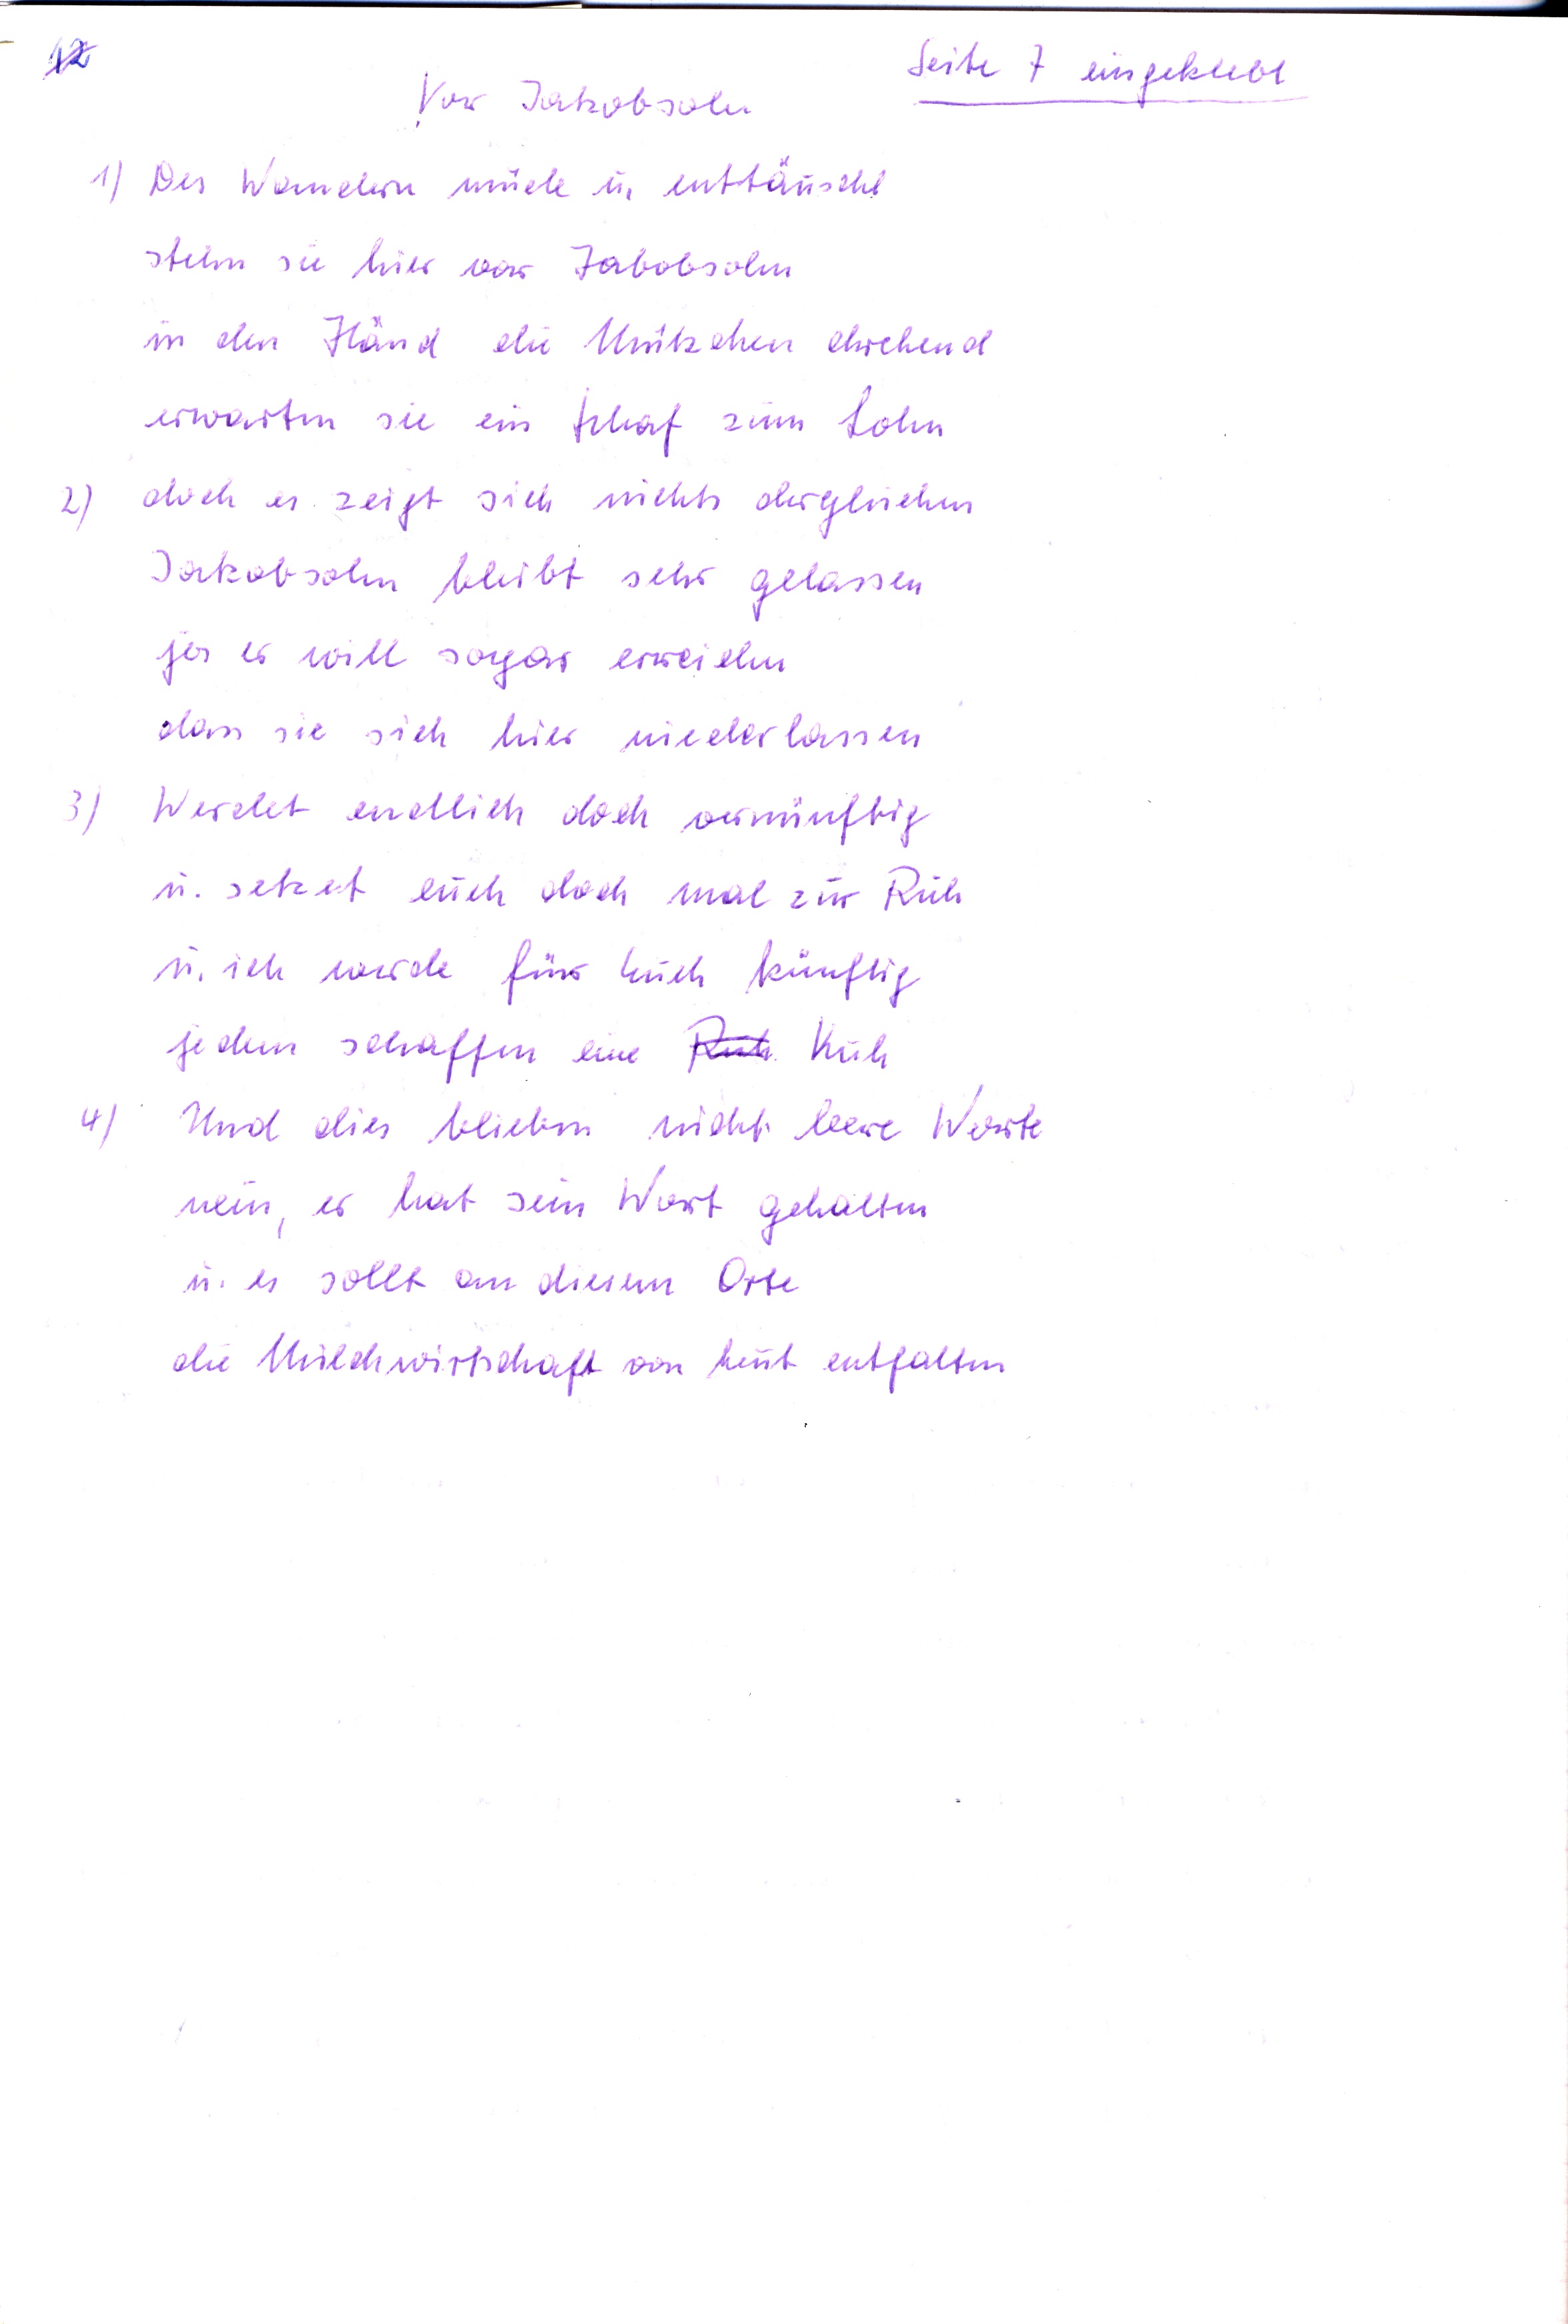
Seite 7 eingeklebt
Vor Jakobsohn
1) Des Wandern müde u. enttäuscht
stehn sie hier vor Jakobsohn
in den Händen die Mützchen drehend
erwarten sie ein Schaf zum Lohn
2) doch es zeigt sich nichts dergleichen
Jakobsohn bleibt sehr gelassen
ja er will sogar erreichen
dass sie sich hier niederlassen
3) Werdet endlich doch vernünftig
u. setzet euch doch mal zur Ruh
u. ich werde für euch künftig
jedem schaffen eine  Ruh Kuh
4) Und dies blieben nicht leere Worte
nein, er hat sein Wort gehalten
u. es sollt an diesem Orte
die Milchwirtschaft von heut entfalten